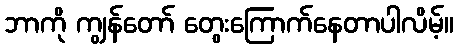
ဘာကို ကျွန်တော် တွေးကြောက်နေတာပါလိမ့်။